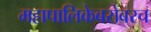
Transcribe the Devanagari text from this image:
महापालिकेबरोबरच